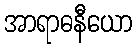
အာရာဓနီယော